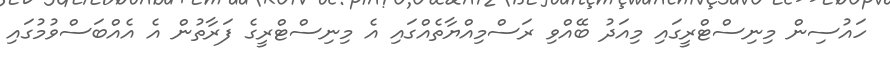
ހައުސިން މިނިސްޓްރީގައި މިއަދު ބޭއްވި ރަސްމިއްޔާތެއްގައި އެ މިނިސްޓްރީގެ ފަރާތުން އެ އެއްބަސްވުމުގައި